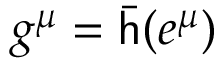
g ^ { \mu } = { \bar { \mathsf { h } } } ( e ^ { \mu } )